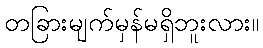
တခြားမျက်မှန်မရှိဘူးလား။